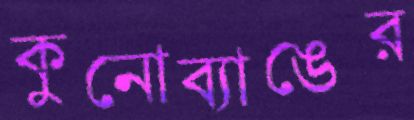
কুনোব্যাঙের